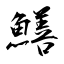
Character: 鱔